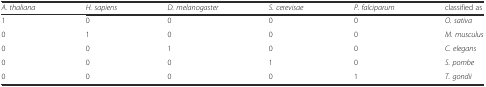
<table><thead><tr><td><b><i>A. thaliana</i></b></td><td><b><i>H. sapiens</i></b></td><td><b><i>D. melanogaster</i></b></td><td><b><i>S. cerevisae</i></b></td><td><b><i>P. falciparum</i></b></td><td><b>classified as</b></td></tr></thead><tbody><tr><td>1</td><td>0</td><td>0</td><td>0</td><td>0</td><td><i>O. sativa</i></td></tr><tr><td>0</td><td>1</td><td>0</td><td>0</td><td>0</td><td><i>M. musculus</i></td></tr><tr><td>0</td><td>0</td><td>1</td><td>0</td><td>0</td><td><i>C. elegans</i></td></tr><tr><td>0</td><td>0</td><td>0</td><td>1</td><td>0</td><td><i>S. pombe</i></td></tr><tr><td>0</td><td>0</td><td>0</td><td>0</td><td>1</td><td><i>T. gondii</i></td></tr></tbody></table>